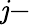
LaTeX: \mathit{j}-